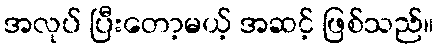
အလုပ် ပြီးတော့မယ့် အဆင့် ဖြစ်သည်။